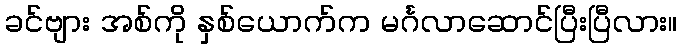
ခင်ဗျား အစ်ကို နှစ်ယောက်က မင်္ဂလာဆောင်ပြီးပြီလား။